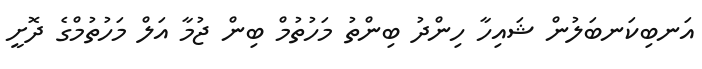
އަނބިކަނބަލުން ޝައިހާ ހިންދު ބިންތު މަހުތުމް ބިން ޖުމާ އަލް މަހުތުމްގެ ދޮށީ